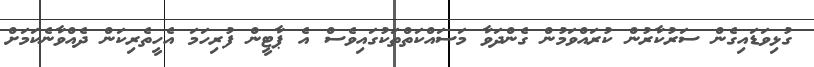
ގުޅިވަޑައިގެން ސަރުކާރުން ކުރައްވަމުން ގެންދަވާ މަސައްކަތްތަކުގައިވެސް އެ ޕާޓީން ފުރިހަމަ އެހީތެރިކަން ދެއްވާނެކަމަށް